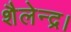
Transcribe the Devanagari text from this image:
शैलेन्द्र।